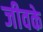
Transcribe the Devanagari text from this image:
जीवके